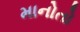
માનોતો